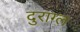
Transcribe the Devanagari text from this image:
दुराग्ल